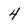
Character: 4